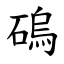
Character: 䃖